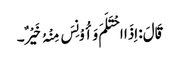
قَالَ: اِذَا احْتَلَمَ وَأُوْنِسَ مِنْہُ خَیْرٌ۔